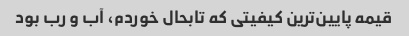
قیمه پایین‌ترین کیفیتی که تابحال خوردم، آب و رب بود